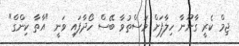
ޖިމް ކެރީ ގާނޫނާ ހިލާފަށް މަސްތުވާ ބޭސް ހޯދާފައި ވަނީ "އާތާ ކިންގް"